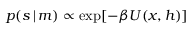
p ( s \, | \, m ) \propto \exp [ - \beta U ( x , h ) ]